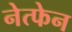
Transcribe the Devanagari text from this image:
नेत्फेन